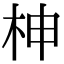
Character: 柛